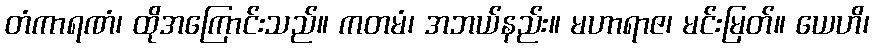
တံကာရဏံ၊ ထိုအကြောင်းသည်။ ကတမံ၊ အဘယ်နည်း။ မဟာရာဇ၊ မင်းမြတ်။ ယေဟိ၊